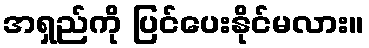
အရှည်ကို ပြင်ပေးနိုင်မလား။